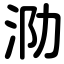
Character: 泐